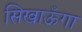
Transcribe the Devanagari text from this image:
सिखाऊँगा